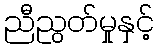
ညီညွတ်မှုနှင့်